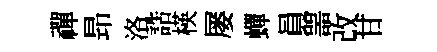
禪昻洛誥楧屡蟬員噐改甘